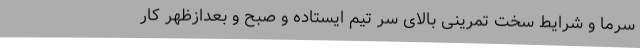
سرما و شرایط سخت تمرینی بالای سر تیم ایستاده و صبح و بعدازظهر کار